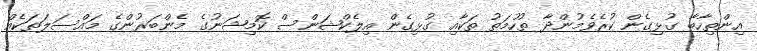
އިންތިހާބާ ގުޅިގެން ކުރެވެމުންދާ ތުހުމަތު ތަކާއި ގުޅިގެން އިލެކްޝަންސް ކޮމިޝަނުގެ މެންބަރުންގެ މައްސަލަތަކެއް